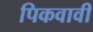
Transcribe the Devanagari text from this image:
पिकवावी